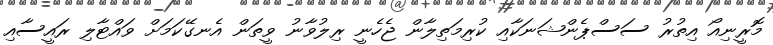
މޮރީނިއޯ އިތުރު ސަސްޕެންޝަނަކާއި ކުރިމަތިލާން ޖެހެނީ ރިލުވާނު ވީތަން އެނގޭކަމަށް ވައްޓާލި ރައީސާއި